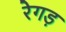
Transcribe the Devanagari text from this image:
रेगड़